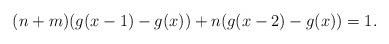
LaTeX: \begin{align*}(n+m)(g(x-1)-g(x))+n(g(x-2)-g(x))=1.\end{align*}